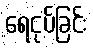
ရေငုပ်ခြင်း